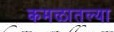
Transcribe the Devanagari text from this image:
कमळातल्या